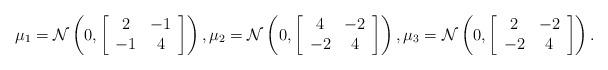
LaTeX: \begin{align*}\mu_1 = \mathcal{N}\left( 0, \left[\begin{array}{cc}2 & -1 \\-1 & 4\end{array}\right] \right), \mu_2 = \mathcal{N}\left( 0, \left[\begin{array}{cc}4 & -2 \\-2 & 4\end{array}\right] \right), \mu_3 = \mathcal{N}\left( 0, \left[\begin{array}{cc}2 & -2 \\-2 & 4\end{array}\right] \right).\end{align*}